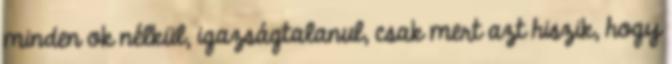
minden ok nélkül, igazságtalanul, csak mert azt hiszik, hogy